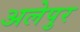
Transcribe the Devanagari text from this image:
अलेपुर